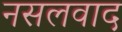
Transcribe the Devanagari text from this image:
नसलवाद